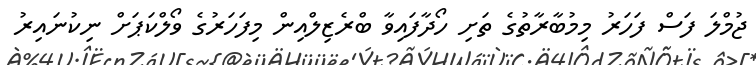
ޖުމްލަ ފަސް ފަހަރު މިމުބާރާތުގެ ތަށި ހޯދާފައިވާ ބްރެޒިލްއިން މިފަހަރުގެ ވޯލްކަޕަށް ނިކުނައިރު